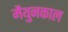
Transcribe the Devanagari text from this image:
मैथुनकाल